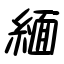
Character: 緬